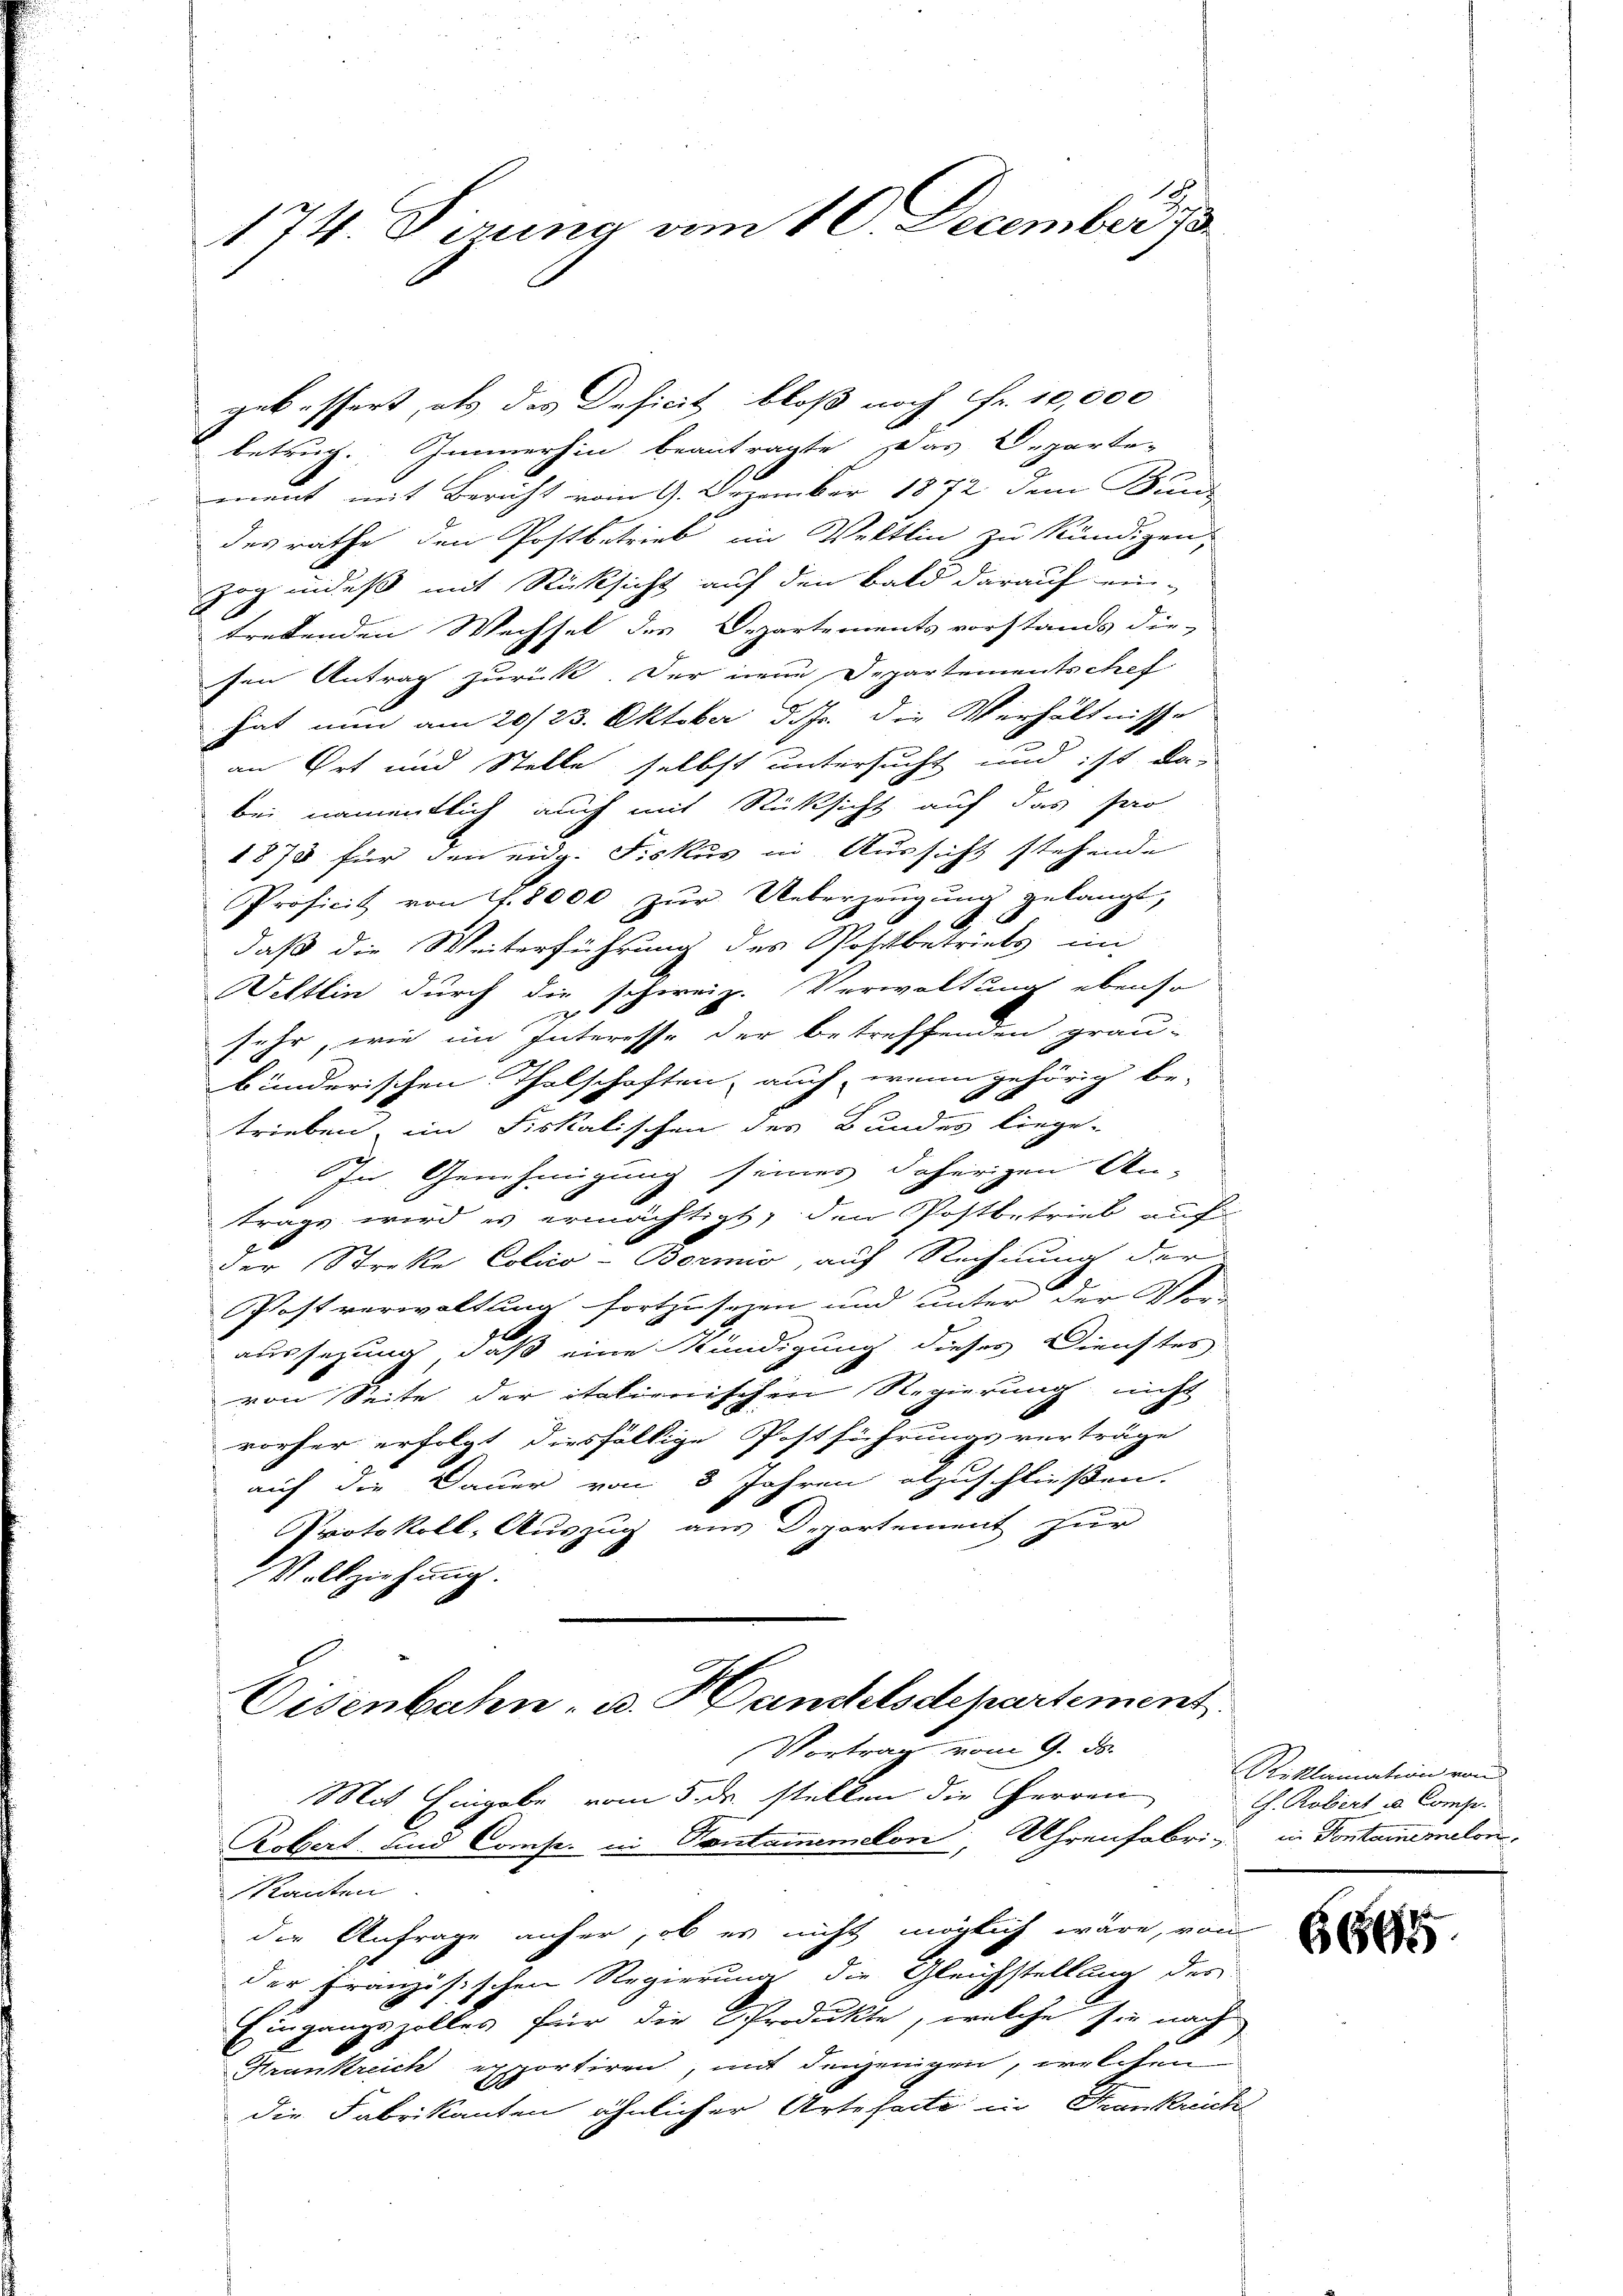
174. Sizung am 10. December 18

gebessert, als des Deficit bloß noch Fr. 10,000
betrug. Immerhin beantragte das Departe-
ment mit Bericht vom 9. Dezember 1872 dem Band
desrathe den Postbetrieb im Veltlin zu kündigen,
zog indeß mit Rücksicht auf den bald darauf ein-
tretenden Wechsel des Departements vorstands die-
sen Antrag zurück. Der neue Departementschef
hat nun am 20./23. Oktober d. Js. die Verhältnisse
an Ort und Stelle selbst untersucht und ist da-
bei namentlich auch mit Rüksicht auf das Pro
1870 für den eidg. Fiskus in Aussicht stehende
Proficit von f. 8000 zŭr Ueberzeŭgŭng gelangt,
A
daß die Weiterführung des Postbetriebs im
ittlin durch die schweiz. Verwaltung ebenso
sehr, wie im Interesse der betreffenden grau-
bunderischen Thalschaften, auch, wenn gehörig be-
trieben im Fiskalischen des Bundes liege-
In Genehmigung seines daherigen An-
trags wird es ermächtigt, den Postbetrieb auf
der Streke Colao-Bormnio, auf Rechnung der
Postverwaltung fortzusehen und unter der Ver- |
aussezung, daß eine Kündigung dieses Dienstes
von Seite der italienischen Regierung nicht
vorher erfolgt diesfällige Postführungsverträge
auf die Dauer von 8 Jahren abzuschliessen.
Protokoll, Auszug aus Departement zur
Vollziehung.

Eisenbahn- u. Handelsdepartement.
Vortrag vom 9. ds.

Mit Eingabe vom 5. ds. stellen die Herren
Robert und Conse. in Pontamimelon, Uhrenfabri, in Vontomimelon
Manten
die Anfrage anfer, ob es nicht möglich wäre, von
der Französischen Regierung die Gleichstellung des
Eingangszolles für die Produkte, welche sie nach
Krankreich exportiren, mit denjenigen, welchen
die Fabrikanten ähnlicher Arte facte in Frankrich

Reklamation von
G. Robiert u. Comp.

6695